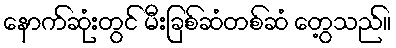
နောက်ဆုံးတွင် မီးခြစ်ဆံတစ်ဆံ တွေ့သည်။